Civil Veterinary Department Bihar & Orissa reports 1922-29 - 1922-1929
Year: 1922
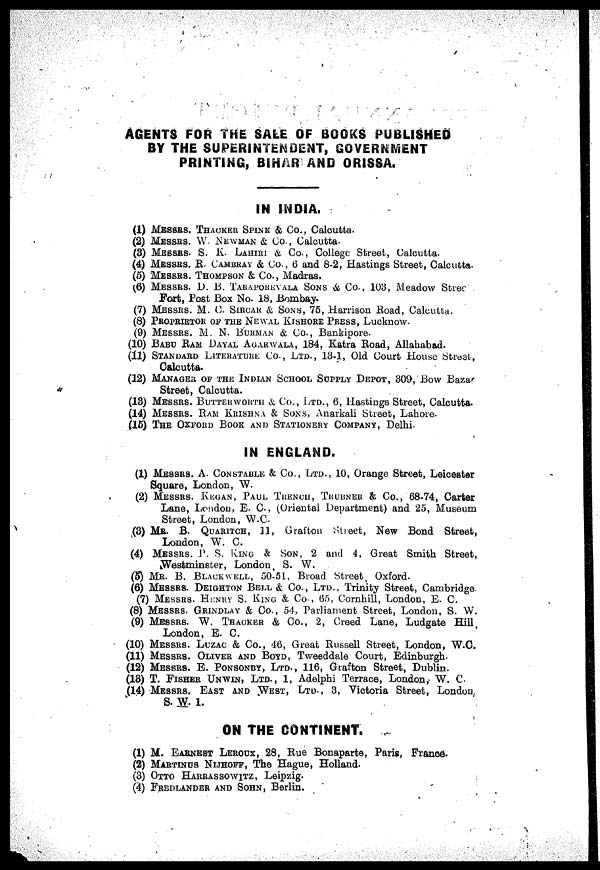
AGENTS FOR THE SALE OF BOOKS PUBLISHED
(1)
(2)
(3)
(4)
(6)
(6)
(7)
(8)
(9)
BY THE SUPERINTENDENT, GOVERNMENT
PRINTING, BIHAR AND ORISSA.
IN INDIA.
MESSRS. THACKER SPUNK & Co., Calcutta.
MESSRS. W. NEWMAN & Co., Calcutta-
MESSRS. S. K. LAHIRI & Co., College Street, Calcutta.
MESSRS. R. CAMBRAY & Co., 6 and 8-2, Hastings Street, Calcutta.
MESSRS. THOMPSON & Co., Madras.
MESSRS. D. B. TARAPOREVALA SONS & Co., 103, Meadow Strec
Fort, Post Box No. 18, Bombay.
MESSRS. M. C SIRCAR & SONS, 75, Harrison Road, Calcutta.
PROPRIETOR OF THIS NEWAL KISHORE PRESS, LUCKNOW.
MESSRS. M. N. BURMAN & Co., Bankipore.
(10) BABU RAM DAYAL AGARWALA, 184, Katra Road, Allahabad.
(11)
(12)
(13)
(14)
(15)
(1)
(2)
(3)
(4)
(5)
(6)
(7)
(8)
(9)
(10)
(11)
(12)
(13)
(14)
(1)
(2)
STANDARD LITERATURE Co , Ltd., 13-1, Old Court House Street,
Calcutta.
MANAGER OF THE INDIAN SCHOOL SUPPLY DEPOT, 309, Bow Bazar.
Street, Calcutta.
MESSRS. BUTTER WORTH & Co., Ltd., 6, Hastings Street, Calcutta.
MESSRS. RAM KRISHNA & SONS, Anarkali Street, Lahore.
THE OXFORD BOOK AND STATIONERY COMPANY, Delhi.
IN ENGLAND.
MESSRS. A. CONSTABLE & Co., Ltd., 10, Orange Street, Leicester
Square, London, W.
MESSRS. KEGAN, PAUL TRENCH, TRUBNER & Co., 68-74, Carter
Lane, Loudou, E. C., (Oriental Department) and 25, Museum
Street, London, W.C-
Mr. B. QUARITCH, 11, Grafton Street, New Bond Street,
London, W. C.
MESSRS. P. S. KING & SON, 2 and 4, Groat Smith Street,
Westminster, London, S. W.
Mr. B. BLACK WELL, 50-51, Broad Street, Oxford.
MESSRS. DEIQHTON BELL & Co., Ltd.. Trinity Street, Cambridge
MESSRS. HE.NRY S. KING & Co . 65, Cornhill, London, E. C.
MESSRS. GRINDLAY & Co., 5'1, Parliament Street, London, S. W.
MESSRS. W. THACKER & Co., 2, Creed Lane, Ludgate Hill.
London, E. C.
MESSRS. LUZAC & Co., 46, Great Russell Street, London, W.C.
MESSRS. OLIVER AND BOYD, Tweeddale Court, Edinburgh.
MESSRS. E. PONSONBY, Ltd., 116, Grafton Street, Dublin.
T. FISHER UNWIN, LTD., 1, Adelphi Terrace, London, W. C.
MESSRS. EAST AND WEST, LTD., 3, Victoria Street, London
S. W. 1.
ON THE CONTINENT.
M. EARNEST LEROOX, 28, Hue Bonaparte, Paris, France.
MARTINUS NIJHOFF, The Hague, Holland.
(3) OTTO HARRASSOWITZ, Leipzig.
(4) FREDLANDER AND SOHN, Berlin.